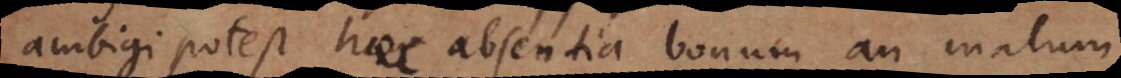
ambigi potest haec absentia bonum an malum